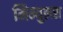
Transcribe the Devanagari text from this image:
मिम्युलस